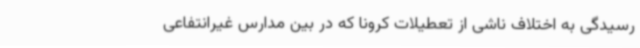
رسیدگی به اختلاف ناشی از تعطیلات کرونا که در بین مدارس غیرانتفاعی